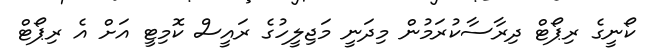
ކޯނީގެ ރިޕޯޓް ދިރާސާކުރަމުން މިދަނީ މަޖިލީހުގެ ރައީސް ކޮމިޓީ އަށް އެ ރިޕޯޓް